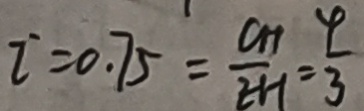
I ^ { \prime } = 0 . 7 5 = \frac { C H } { E H } = \frac { 4 } { 3 }